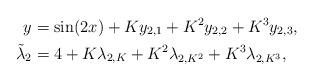
LaTeX: \begin{align*}y &= \sin(2x) + Ky_{2,1}+K^2y_{2,2} +K^3y_{2,3},\\\tilde\lambda_2 &= 4+K\lambda_{2,K}+K^2\lambda_{2,K^2}+K^3\lambda_{2,K^3},\end{align*}